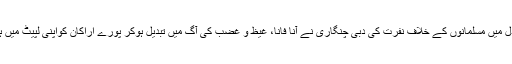
برمی بدھ لیڈروں اور عبادت گزاری کے نام پر فارغ بدھ بھکشوؤں کے دل میں مسلمانوں کے خلاف نفرت کی دبی چنگاری نے آناً فاناً، غیظ و غضب کی آگ میں تبدیل ہوکر پورے اراکان کواپنی لپیٹ میں ہی نہیں لیا، بلکہ اس کو بڑھانے کے لیے وہاں مسلسل فضا بنائی گئی ہے۔